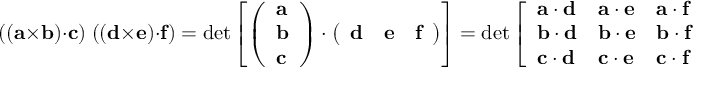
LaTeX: ( ( \mathbf { a } \times \mathbf { b } ) \cdot \mathbf { c } ) \; ( ( \mathbf { d } \times \mathbf { e } ) \cdot \mathbf { f } ) = \operatorname* { d e t } \left[ { \left( \begin{array} { l } { \mathbf { a } } \\ { \mathbf { b } } \\ { \mathbf { c } } \end{array} \right) } \cdot { \left( \begin{array} { l l l } { \mathbf { d } } & { \mathbf { e } } & { \mathbf { f } } \end{array} \right) } \right] = \operatorname* { d e t } { \left[ \begin{array} { l l l } { \mathbf { a } \cdot \mathbf { d } } & { \mathbf { a } \cdot \mathbf { e } } & { \mathbf { a } \cdot \mathbf { f } } \\ { \mathbf { b } \cdot \mathbf { d } } & { \mathbf { b } \cdot \mathbf { e } } & { \mathbf { b } \cdot \mathbf { f } } \\ { \mathbf { c } \cdot \mathbf { d } } & { \mathbf { c } \cdot \mathbf { e } } & { \mathbf { c } \cdot \mathbf { f } } \end{array} \right] }